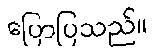
ပြောပြသည်။